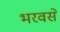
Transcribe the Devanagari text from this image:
भरवसे